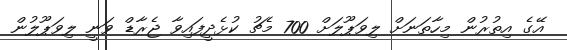
އޭގެ އިތުރުން މިހާތަނަށް ލިވަޕޫލަށް 700 މެޗު ކުޅެދީފައިވާ ޖެރާޑް ވަނީ ލިވަޕޫލުން